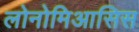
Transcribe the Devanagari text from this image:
लोनोमिआसिस